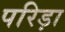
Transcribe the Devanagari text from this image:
परिड़ा